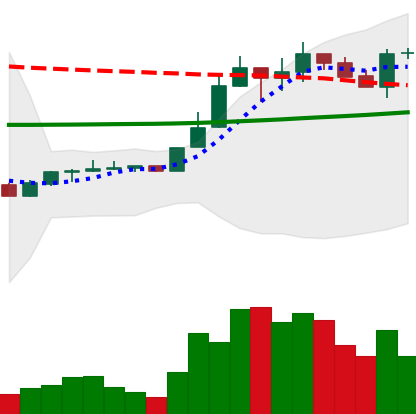
Ticker: LINK-USD
Chart end date: 2020-04-17
Forward return: 5.803%
Label: up_5_7